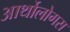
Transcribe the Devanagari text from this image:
आर्थोलोगस